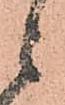
ニ